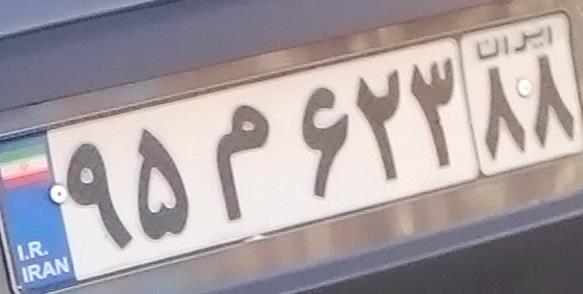
۹۵م۶۲۳۸۸